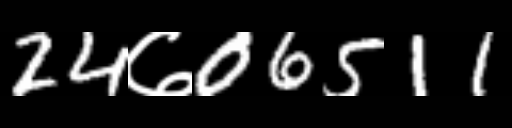
Text: 24७06511